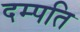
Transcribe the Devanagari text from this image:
दम्‍पति